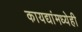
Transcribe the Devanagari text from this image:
कायद्यांमध्येही